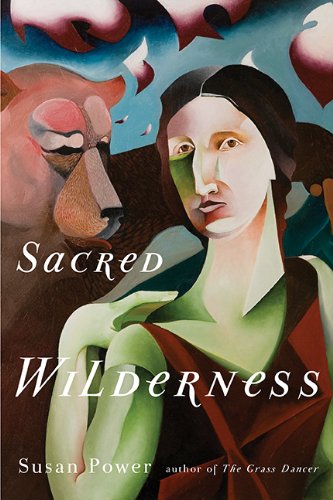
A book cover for Sacred Wilderness; Susan Power; Literature & Fiction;